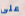
على